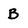
Character: B